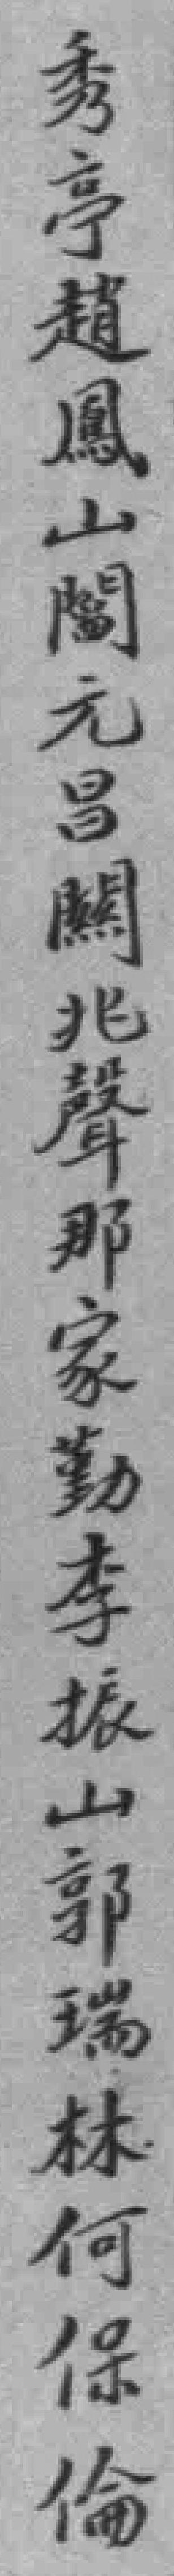
秀亭趙鳳山閻元昌闗兆聲那家勤李振山郭瑞林何保倫